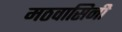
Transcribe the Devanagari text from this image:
मठवासिनी